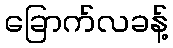
ခြောက်လခန့်